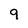
Character: 9